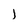
Character: l